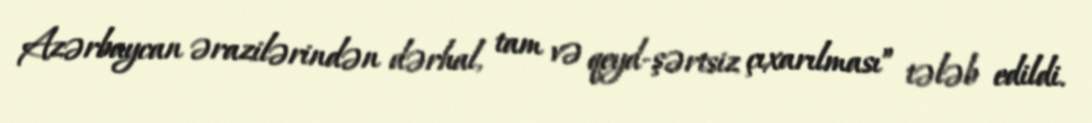
Azərbaycan ərazilərindən dərhal, tam və qeyd-şərtsiz çıxarılması” tələb edildi.